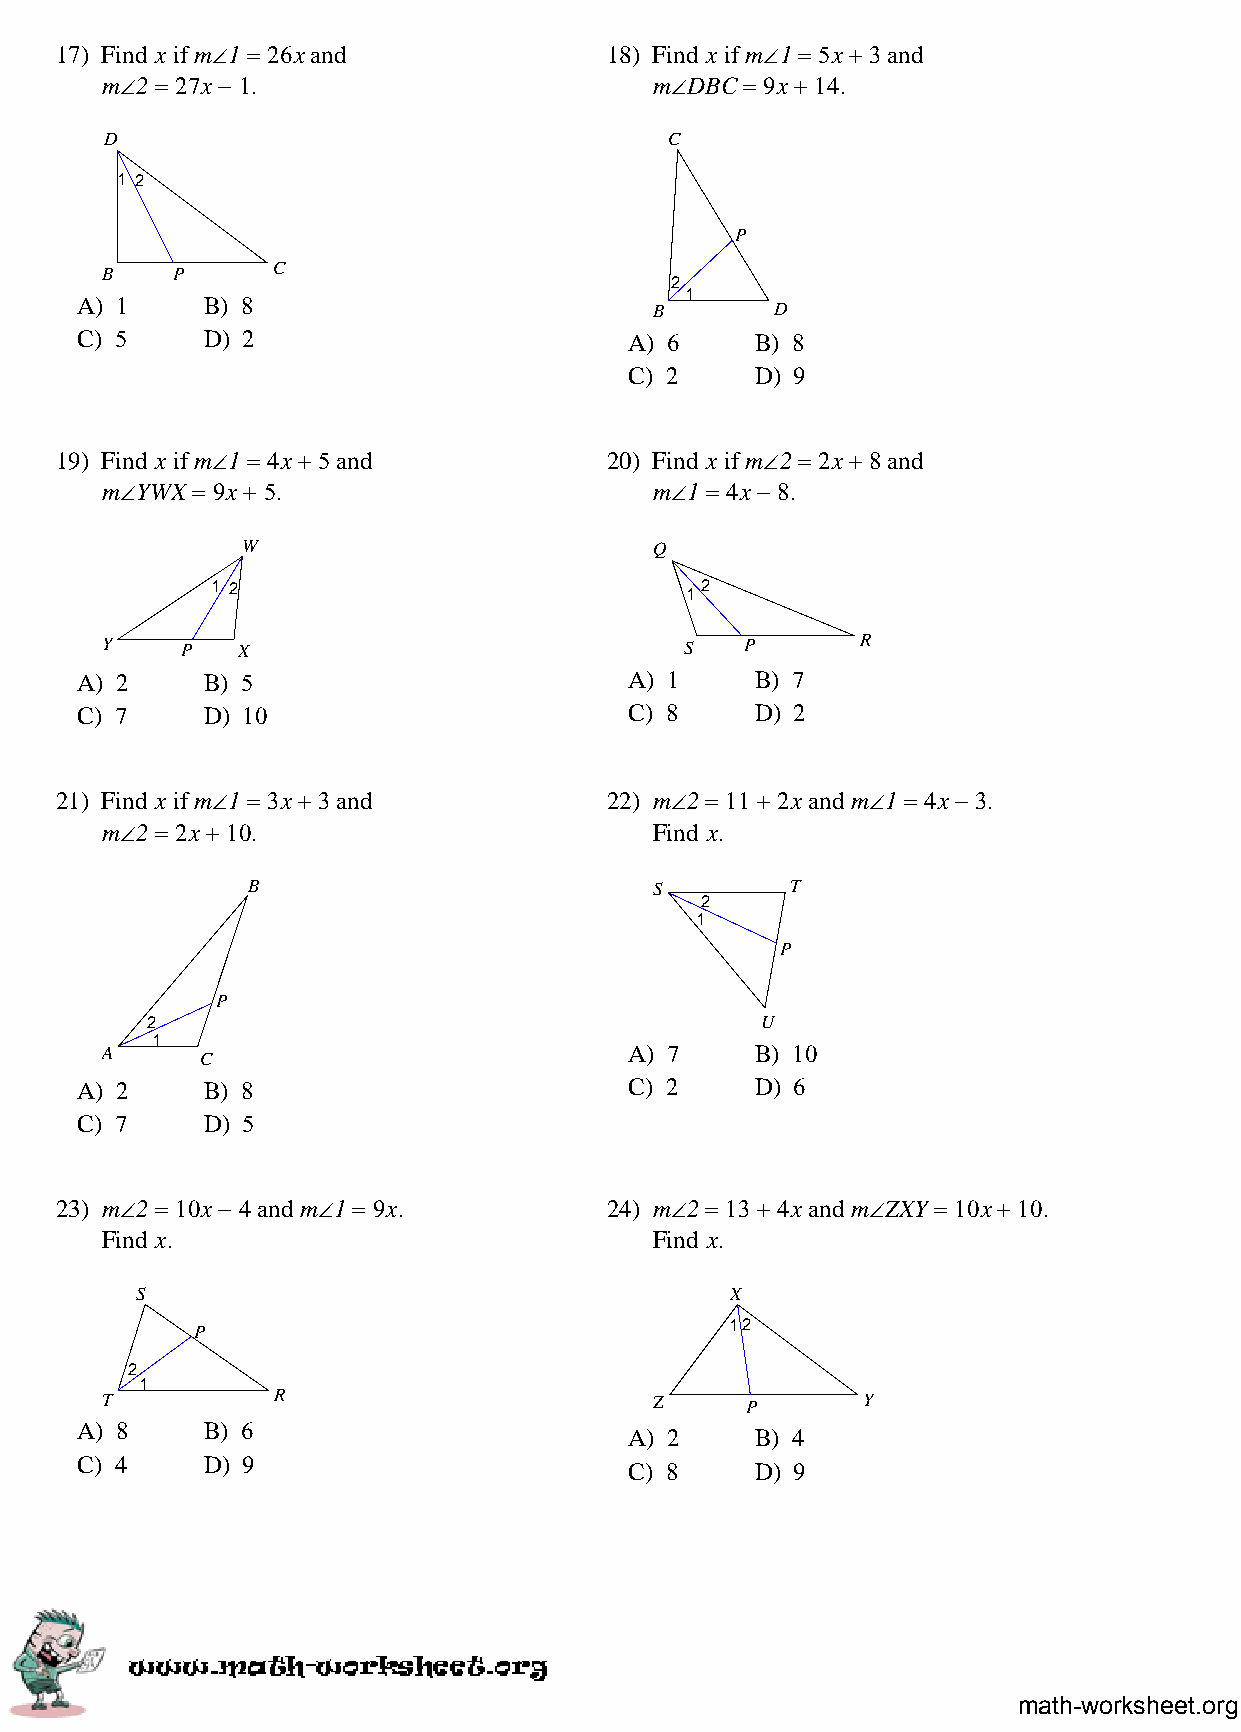
17) Find x if m∠1 = 26x and         18) Find x if m∠1 = 5x + 3 and
 m∠2 = 27x − 1.                      m∠DBC = 9x + 14.
 D                                    C
 1 2
 P
 B   P      C
 2
 1
 A) 1    B) 8                          B       D
 C) 5    D) 2                         A) 6    B) 8
 C) 2    D) 9
 19) Find x if m∠1 = 4x + 5 and      20) Find x if m∠2 = 2x + 8 and
 m∠YWX = 9x + 5.                     m∠1 = 4x − 8.
 W                          Q
 1 2                            12
 Y    P   X                            S   P       R
 A) 2    B) 5                         A) 1    B) 7
 C) 7    D) 10                        C) 8    D) 2
 21) Find x if m∠1 = 3x + 3 and      22) m∠2 = 11 + 2x and m∠1 = 4x − 3.
 m∠2 = 2x + 10.                      Find x.
 B                          S        T
 2
 1
 P
 P
 2                                       U
 1
 A                                  A) 7    B) 10
 C
 A) 2    B) 8                         C) 2    D) 6
 C) 7    D) 5
 23) m∠2 = 10x − 4 and m∠1 = 9x.     24) m∠2 = 13 + 4x and m∠ZXY = 10x + 10.
 Find x.                             Find x.
 S                                      X
 P                                  12
 2
 1
 T          R                        Z     P       Y
 A) 8    B) 6
 A) 2    B) 4
 C) 4    D) 9
 C) 8    D) 9
 math-worksheet.org